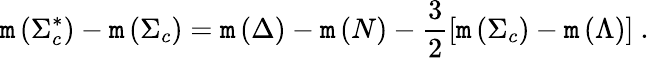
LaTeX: \mathtt{m}\left(\Sigma_{c}^{\ast}\right)-\mathtt{m}\left(\Sigma_{c}\right)=\mathtt{m}\left(\Delta\right)-\mathtt{m}\left(N\right)-\frac{{3}}{{2}}\left[\mathtt{m}\left(\Sigma_{c}\right)-\mathtt{m}\left(\Lambda\right)\right]\ .